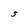
Character: S